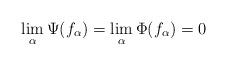
LaTeX: \begin{align*}\lim_{\alpha}\Psi(f_\alpha) = \lim_{\alpha}\Phi(f_\alpha)=0\end{align*}